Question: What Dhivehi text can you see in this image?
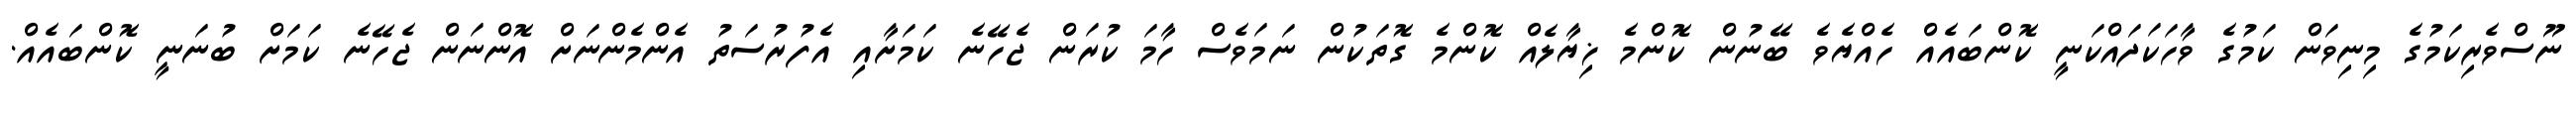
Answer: ނޫސްވެރިކަމުގެ މިނިވަން ކަމުގެ ވާހަކަދައްކަނީ ކޮންބައެއް ހެއްޔެވެ ބޭނުން ކޮންމެ ޚިޔާލެއް ކޮންމެ ގޮތަކުން ނަމަވެސް ހާމަ ކުރަން ޖެހޭނެ ކަމަށާއި އެފުރުސަތު އެންމެންނަށް އޮންނަން ޖެހޭނެ ކަމަށް ބުނަނީ ކޮންބައެއް.